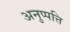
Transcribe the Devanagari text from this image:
अनुप्पत्ति